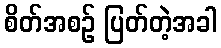
စိတ်အစဉ် ပြတ်တဲ့အခါ